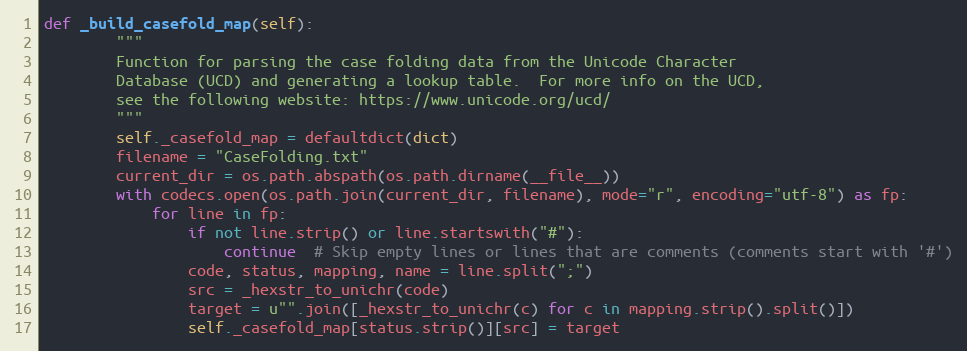
Language: Python
def _build_casefold_map(self):
        """
        Function for parsing the case folding data from the Unicode Character
        Database (UCD) and generating a lookup table.  For more info on the UCD,
        see the following website: https://www.unicode.org/ucd/
        """
        self._casefold_map = defaultdict(dict)
        filename = "CaseFolding.txt"
        current_dir = os.path.abspath(os.path.dirname(__file__))
        with codecs.open(os.path.join(current_dir, filename), mode="r", encoding="utf-8") as fp:
            for line in fp:
                if not line.strip() or line.startswith("#"):
                    continue  # Skip empty lines or lines that are comments (comments start with '#')
                code, status, mapping, name = line.split(";")
                src = _hexstr_to_unichr(code)
                target = u"".join([_hexstr_to_unichr(c) for c in mapping.strip().split()])
                self._casefold_map[status.strip()][src] = target